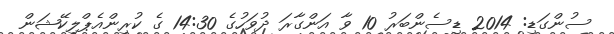
ސުންގަޑި: 2014 ޑިސެންބަރު 10 ވާ އަންގާރަ ދުވަހުގެ 14:30 ގެ ކުރިންއެޕްލިކޭޝަން